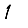
Digit: 1